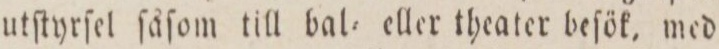
utſtyrſel ſåſom till bal= eller theater beſök, med